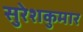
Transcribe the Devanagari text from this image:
सुरेशकुमार